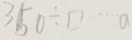
3 5 0 \div \square \cdots a